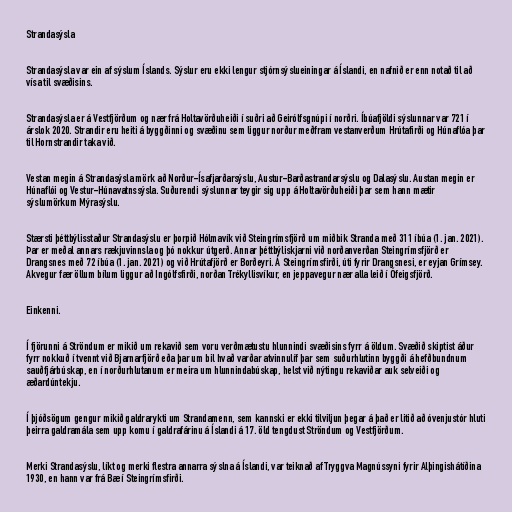
Strandasýsla

Strandasýsla var ein af sýslum Íslands. Sýslur eru ekki lengur stjórnsýslueiningar á Íslandi, en nafnið er enn notað til að
vísa til svæðisins.

Strandasýsla er á Vestfjörðum og nær frá Holtavörðuheiði í suðri að Geirólfsgnúpi í norðri. Íbúafjöldi sýslunnar var 721 í
árslok 2020. Strandir eru heiti á byggðinni og svæðinu sem liggur norður meðfram vestanverðum Hrútafirði og Húnaflóa þar
til Hornstrandir taka við.

Vestan megin á Strandasýsla mörk að Norður-Ísafjarðarsýslu, Austur-Barðastrandarsýslu og Dalasýslu. Austan megin er
Húnaflói og Vestur-Húnavatnssýsla. Suðurendi sýslunnar teygir sig upp á Holtavörðuheiði þar sem hann mætir
sýslumörkum Mýrasýslu.

Stærsti þéttbýlisstaður Strandasýslu er þorpið Hólmavík við Steingrímsfjörð um miðbik Stranda með 311 íbúa (1. jan. 2021).
Þar er meðal annars rækjuvinnsla og þó nokkur útgerð. Annar þéttbýliskjarni við norðanverðan Steingrímsfjörð er
Drangsnes með 72 íbúa (1. jan. 2021) og við Hrútafjörð er Borðeyri. Á Steingrímsfirði, úti fyrir Drangsnesi, er eyjan Grímsey.
Akvegur fær öllum bílum liggur að Ingólfsfirði, norðan Trékyllisvíkur, en jeppavegur nær alla leið í Ófeigsfjörð.

Einkenni.

Í fjörunni á Ströndum er mikið um rekavið sem voru verðmætustu hlunnindi svæðisins fyrr á öldum. Svæðið skiptist áður
fyrr nokkuð í tvennt við Bjarnarfjörð eða þar um bil hvað varðar atvinnulíf þar sem suðurhlutinn byggði á hefðbundnum
sauðfjárbúskap, en í norðurhlutanum er meira um hlunnindabúskap, helst við nýtingu rekaviðar auk selveiði og
æðardúntekju.

Í þjóðsögum gengur mikið galdrarykti um Strandamenn, sem kannski er ekki tilviljun þegar á það er litið að óvenjustór hluti
þeirra galdramála sem upp komu í galdrafárinu á Íslandi á 17. öld tengdust Ströndum og Vestfjörðum.

Merki Strandasýslu, líkt og merki flestra annarra sýslna á Íslandi, var teiknað af Tryggva Magnússyni fyrir Alþingishátíðina
1930, en hann var frá Bæ í Steingrímsfirði.